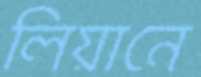
লিয়ানে